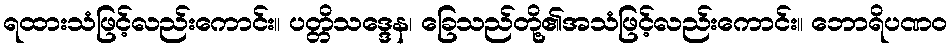
ရထားသံဖြင့်လည်းကောင်း။ ပတ္တိသဒ္ဒေန၊ ခြေသည်တို့၏အသံဖြင့်လည်းကောင်း။ ဘောရိပဏဝ